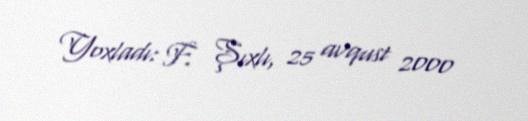
Yoxladı: F. Şıxlı, 25 avqust 2000